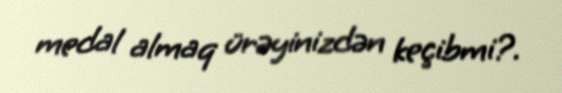
medal almaq ürəyinizdən keçibmi?.